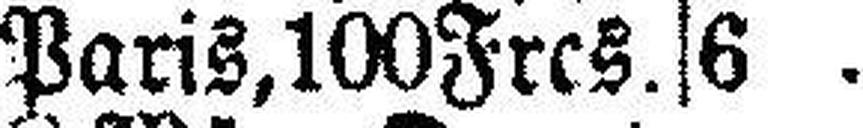
Paris, 100 Frcs. 6